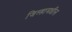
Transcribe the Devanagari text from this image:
जिल्हामधील